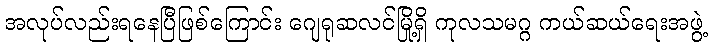
အလုပ်လည်းရနေပြီဖြစ်ကြောင်း ဂျေရုဆလင်မြို့ရှိ ကုလသမဂ္ဂ ကယ်ဆယ်ရေးအဖွဲ့